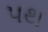
પથ